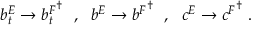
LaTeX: b _ { t } ^ { E } \rightarrow { b _ { t } ^ { F } } ^ { \dagger } \ \ , \ \ b ^ { E } \rightarrow { b ^ { F } } ^ { \dagger } \ \ , \ \ c ^ { E } \rightarrow { c ^ { F } } ^ { \dagger } \ .